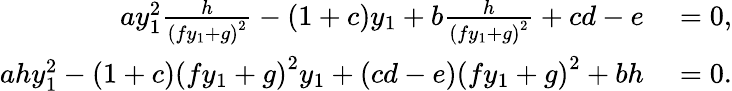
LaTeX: \begin{array}{rl}{ay_{1}^{2}\frac{h}{\left(fy_{1}+g\right)^{2}}-\left(1+c\right)y_{1}+b\frac{h}{\left(fy_{1}+g\right)^{2}}+cd-e}&{{}=0,}\\ {ahy_{1}^{2}-\left(1+c\right)\left(fy_{1}+g\right)^{2}y_{1}+\left(cd-e\right)\left(fy_{1}+g\right)^{2}+bh}&{{}=0.}\end{array}